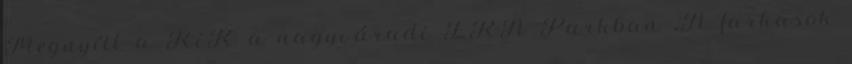
Megnyílt a KiK a nagyváradi ERA Parkban „A farkasok